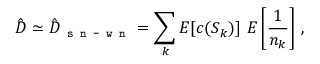
\hat { D } \simeq \hat { D } _ { \texttt { s n - w n } } = \sum _ { k } E [ c ( S _ { k } ) ] \ E \left[ \frac { 1 } { n _ { k } } \right] \, ,